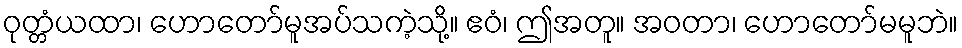
ဝုတ္တံယထာ၊ ဟောတော်မူအပ်သကဲ့သို့။ ဧဝံ၊ ဤအတူ။ အဝတာ၊ ဟောတော်မမူဘဲ။